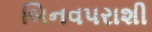
બિનવપરાશી